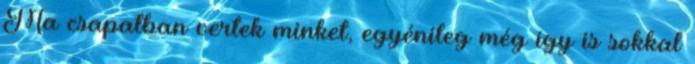
Ma csapatban vertek minket, egyénileg még így is sokkal